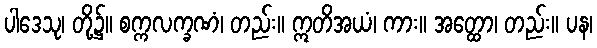
ပါဒေသု၊ တို့၌။ စက္ကလက္ခဏံ၊ တည်း။ ဣတိအယံ၊ ကား။ အတ္ထော၊ တည်း။ ပန၊